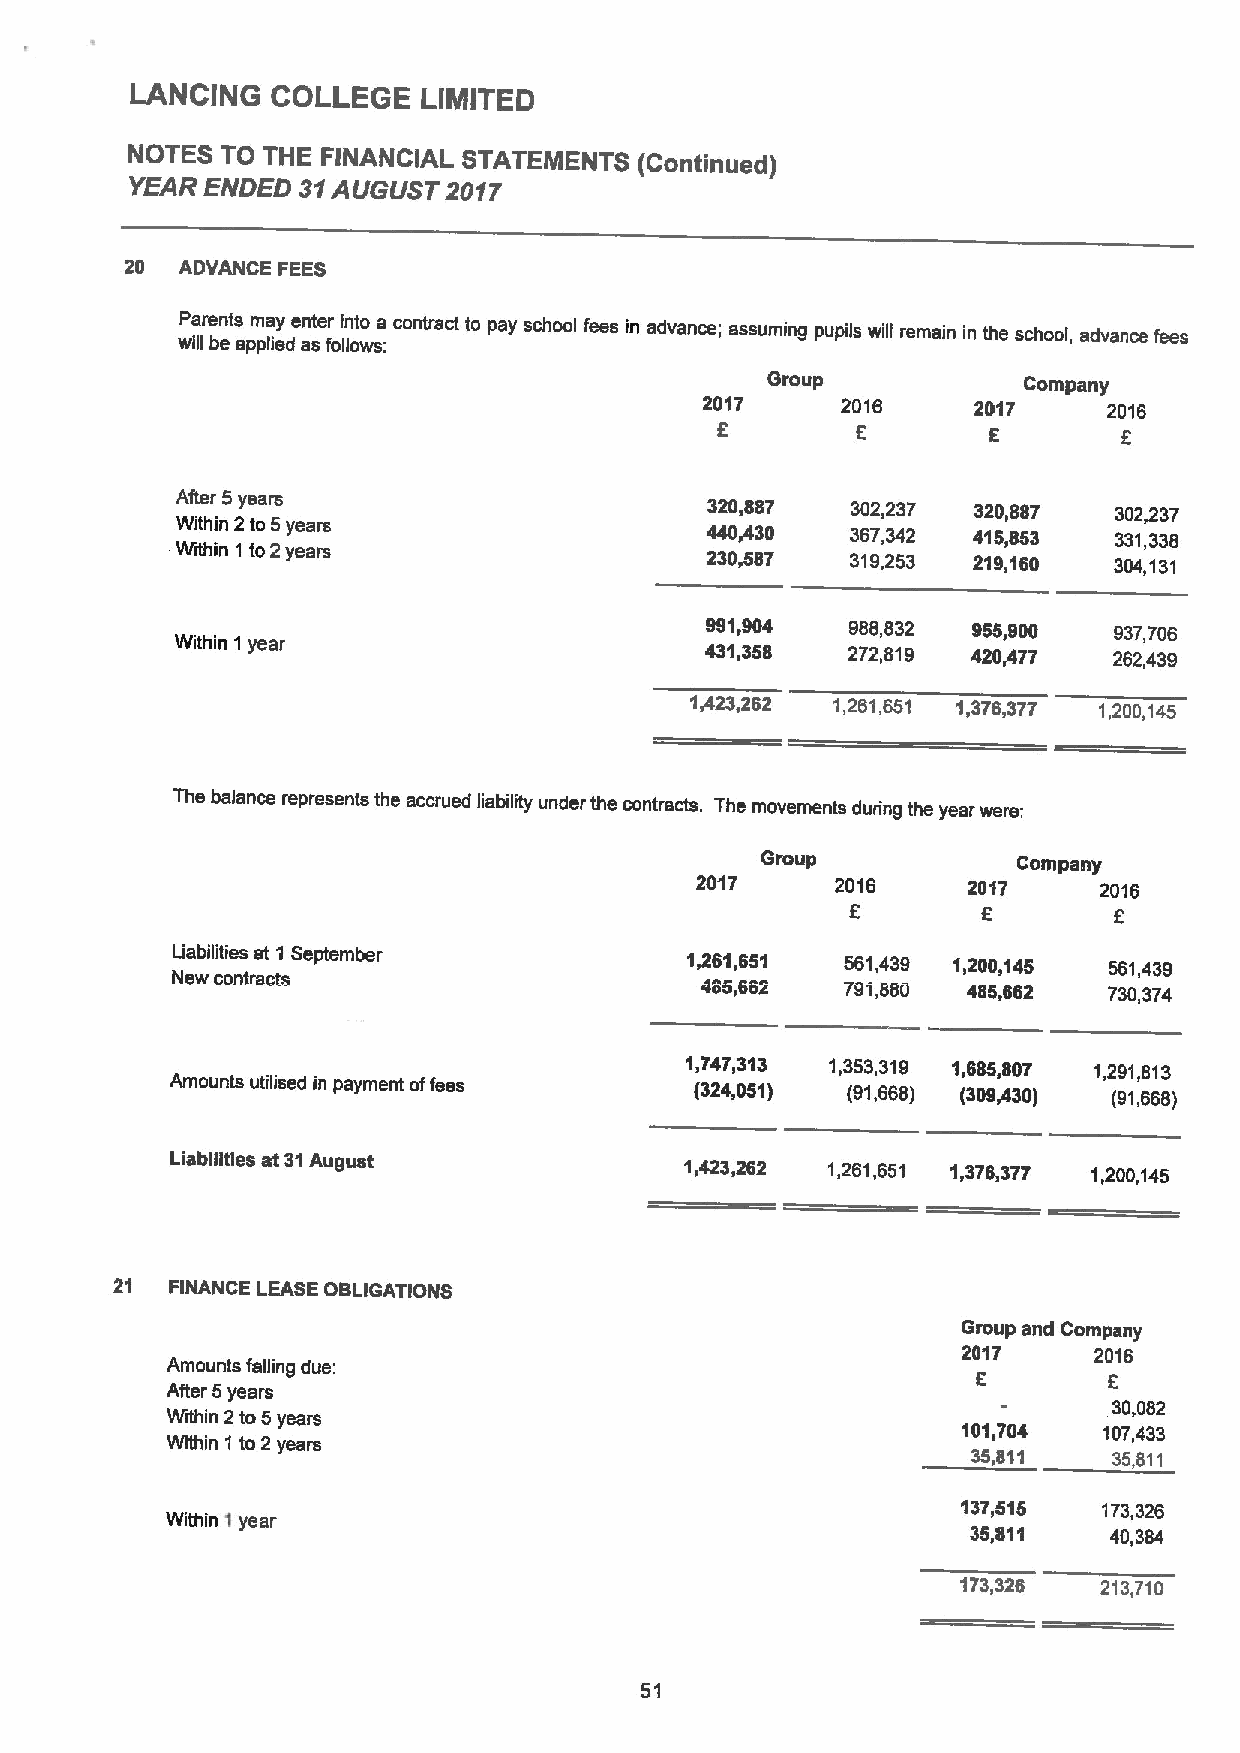
LANCING  COLLEGE   LIMITED
 NOTES  TO THE FINANCIAL STATEMENTS (Continued)
 YEAR ENDED 31AUGUST 2017
 20  ADVANCE FEES
 wP ia llre bn ets apm pla iey den at ser foli ln oto wsa
 :
 contract to pay school fees in advance; assuming pupils will remain in the school, advance fees
 Group            Company
 2017      2016     2017    2016
 5        5
 After 5years
 320,887  302,237  320,887  302,237
 Within 2to 5years                  440,430  367,342 415,853   331,336
 Within 1to2years                   230,587  319,253 219,160   304,131
 991,904  966,832 a55,aoo   937,706
 Within 1year                       431,358  272,819 420/77    262,439
 1,423,262 1,261,651 1,376,377 1,200,145
 The balance represents the accrued liability under the contracts. The movements during the year were:
 Group            Company
 2017     2016     2017     2016
 6
 Liabilities at 1September         1,261,651  561,439 1,200,145 561,439
 New contracts
 485,662   791,880 485,682  730,374
 1,747,313 1,353,319 1,885,807 1,291,813
 Amounts utilised in payment offees (324,051) (91,668) (309,430) (91,666)
 Liabilities at 31August           1,423,262 1,261,651 1,376,377 1,200,145
 21  FINANCE LEASEOBLIGATIONS
 Group and Company
 2017    2016
 Amounts falling due:
 F
 ARer 5years
 30,082
 Within 2to5years
 101,704  107,433
 Within 1 to 2 years
 35,811    35,811
 137,515  173,326
 Within 1year
 35,811   40,384
 173,326  213,710
 51